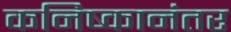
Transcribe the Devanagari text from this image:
कनिष्कानंतर